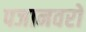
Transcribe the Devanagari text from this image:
पजानवरों